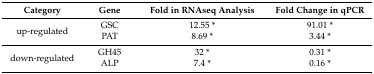
<table><thead><tr><td><b>Category</b></td><td><b>Gene</b></td><td><b>Fold in RNAseq Analysis</b></td><td><b>Fold Change in qPCR</b></td></tr></thead><tbody><tr><td rowspan="2">up-regulated</td><td>GSC</td><td>12.55 *</td><td>91.01 *</td></tr><tr><td>PAT</td><td>8.69 *</td><td>3.44 *</td></tr><tr><td rowspan="2">down-regulated</td><td>GH45</td><td>32 *</td><td>0.31 *</td></tr><tr><td>ALP</td><td>7.4 *</td><td>0.16 *</td></tr></tbody></table>